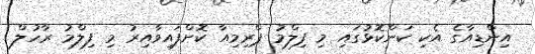
އިންޑިއާގެ އެކި ކަންކޮޅުގައި މި ފިލްމު ޕްރިމިއާ ކޮށްފައިވާއިރު މި ފިލްމު ރާހުލް